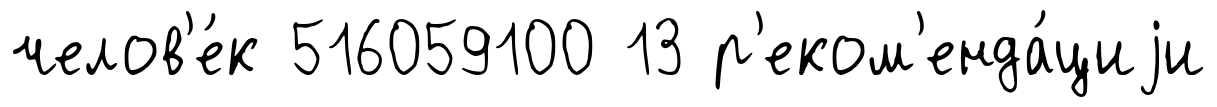
челов'е́к 516059100 13 р'еком'енда́циjи